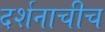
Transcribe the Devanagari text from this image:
दर्शनाचीच